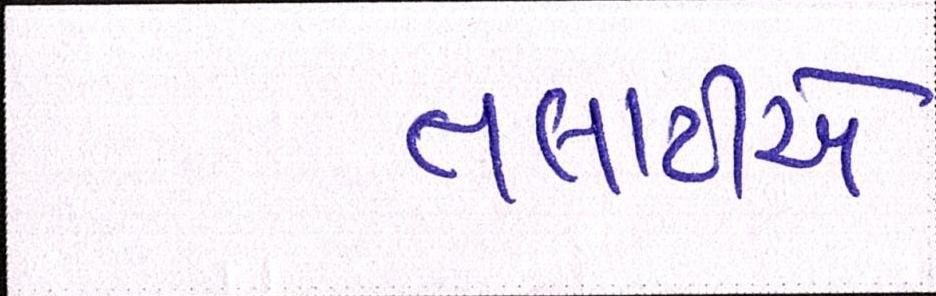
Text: તલાટીએ